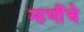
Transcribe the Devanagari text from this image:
म्हणींचे